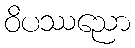
ဝိပဿညော